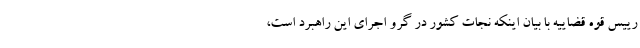
رییس قوه قضاییه با بیان اینکه نجات کشور در گرو اجرای این راهبرد است،